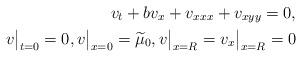
LaTeX: \begin{align*}v_t+bv_x+v_{xxx}+v_{xyy}=0, \\ v\big|_{t=0}=0, v\big|_{x=0}=\widetilde\mu_0, v\big|_{x=R}=v_x\big|_{x=R}=0\end{align*}